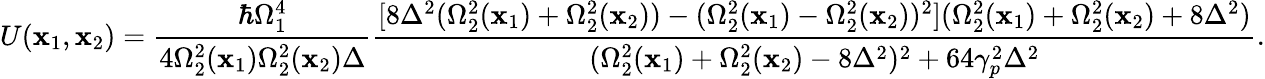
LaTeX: U(\mathbf{x}_{1},\mathbf{x}_{2})=\frac{{\hbar\Omega_{1}^{4}}}{{4\Omega_{2}^{2}(\mathbf{x}_{1})\Omega_{2}^{2}(\mathbf{x}_{2})\Delta}}\frac{{[8\Delta^{2}(\Omega_{2}^{2}(\mathbf{x}_{1})+\Omega_{2}^{2}(\mathbf{x}_{2}))-(\Omega_{2}^{2}(\mathbf{x}_{1})-\Omega_{2}^{2}(\mathbf{x}_{2}))^{2}](\Omega_{2}^{2}(\mathbf{x}_{1})+\Omega_{2}^{2}(\mathbf{x}_{2})+8\Delta^{2})}}{{(\Omega_{2}^{2}(\mathbf{x}_{1})+\Omega_{2}^{2}(\mathbf{x}_{2})-8\Delta^{2})^{2}+64\gamma_{p}^{2}\Delta^{2}}}.